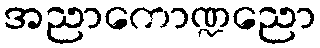
အညာကောဏ္ဍညော